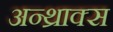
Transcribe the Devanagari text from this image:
अन्थ्राक्स